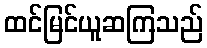
ထင်မြင်ယူဆကြသည်